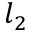
l _ { 2 }